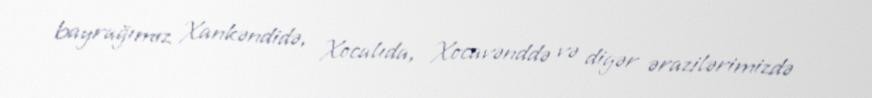
bayrağımız Xankəndidə, Xocalıda, Xocavənddə və digər ərazilərimizdə